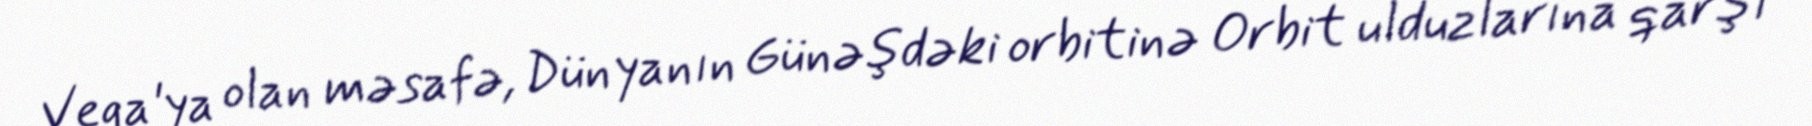
Vega'ya olan məsafə, Dünyanın Günəşdəki orbitinə Orbit ulduzlarına qarşı